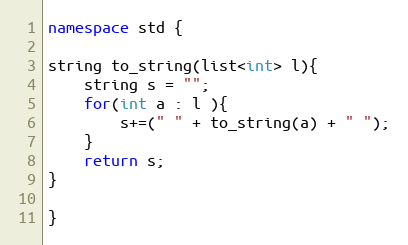
Language: C++
namespace std {

string to_string(list<int> l){
    string s = "";
    for(int a : l ){
        s+=(" " + to_string(a) + " ");
    }
    return s;
}

}